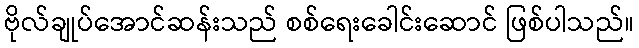
ဗိုလ်ချုပ်အောင်ဆန်းသည် စစ်ရေးခေါင်းဆောင် ဖြစ်ပါသည်။